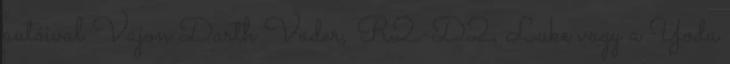
autóival Vajon Darth Vader, R2-D2, Luke vagy a Yoda